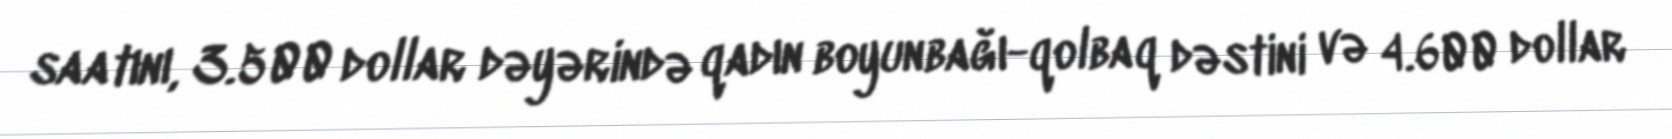
saatını, 3.500 dollar dəyərində qadın boyunbağı-qolbaq dəstini və 4.600 dollar